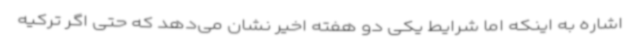
اشاره به اینکه اما شرایط یکی دو هفته اخیر نشان می‌دهد که حتی اگر ترکیه